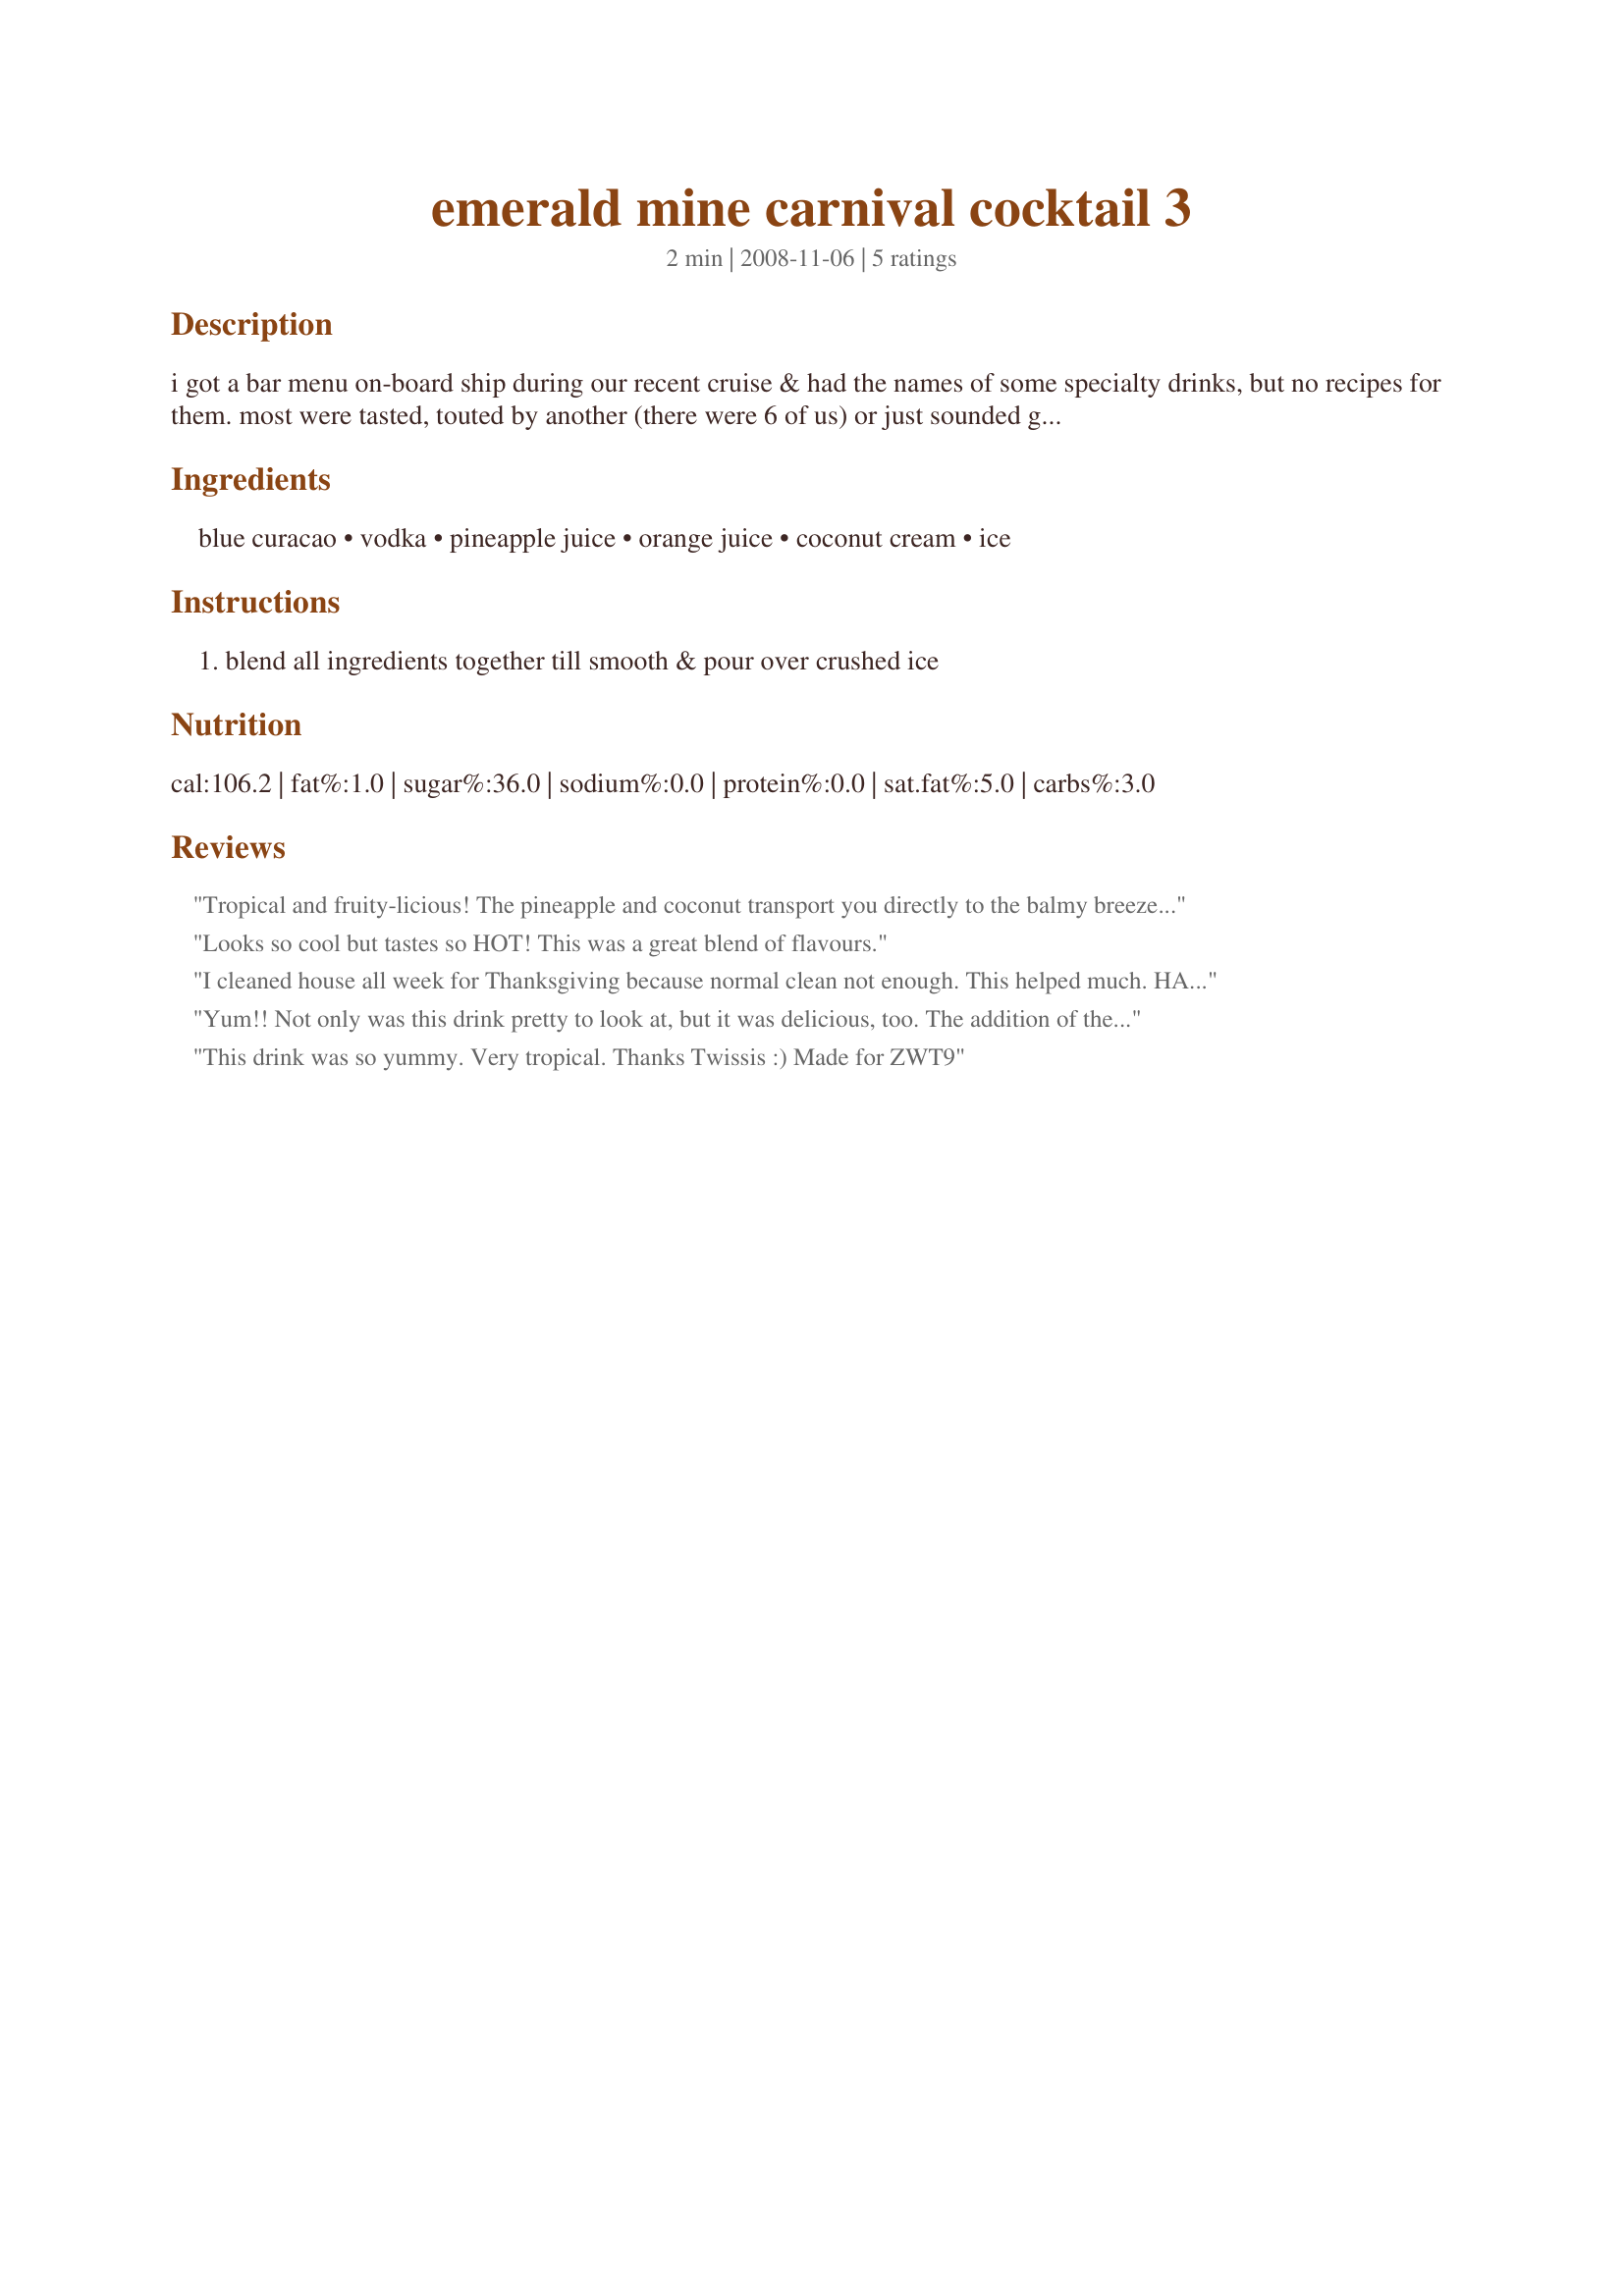
emerald mine carnival cocktail 3
Preparation time: 2 minutes

i got a bar menu on-board ship during our recent cruise & had the names of some specialty drinks, but no recipes for them. most were tasted, touted by another (there were 6 of us) or just sounded good to me. so i did the zaar searches & found most of the recipes at the carnival connections site. enjoy !

Ingredients:
blue curacao, vodka, pineapple juice, orange juice, coconut cream, ice

Steps:
blend all ingredients together till smooth & pour over crushed ice

Reviews:
Tropical and fruity-licious! The pineapple and coconut transport you directly to the balmy breezes and sun warmed beaches even in the middle of winter! Great drink twissis! Made for your win in zaar's *Football Pool*
Looks so cool but tastes so HOT! This was a great blend of flavours.
I cleaned house all week for Thanksgiving because normal clean not enough. This helped much. HAPPY THANKSGIVING TO ALL!!!
Yum!! Not only was this drink pretty to look at, but it was delicious, too. The addition of the pineapple and coconut brought a tropical flavor to a very, dreary winter evening. I can't wait to enjoy this refreshing drink during the heat of the summer. Thank you for sharing this wonderful recipe...it is definitely a keeper!!<br/>*Made for 2010 Football Pool*
This drink was so yummy. Very tropical. Thanks Twissis :) Made for ZWT9
